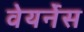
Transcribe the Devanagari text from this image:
वेयर्नेस